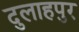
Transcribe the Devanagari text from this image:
दुलाहपुर